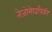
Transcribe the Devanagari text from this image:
तेजोमेघांपैकी